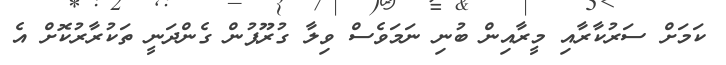
ކަަމަށް ސަރުކާރާއި މީރާއިން ބުނި ނަމަވެސް ވިލާ ގުރޫޕުން ގެންދަނީ ތަކުރާރުކޮށް އެ